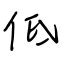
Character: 低